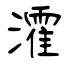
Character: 瀖